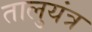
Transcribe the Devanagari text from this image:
तालुयंत्र